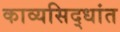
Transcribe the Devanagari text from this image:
काव्यसिद्धांत